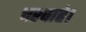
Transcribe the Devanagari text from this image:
चरवाहे।